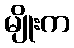
မျိုးက